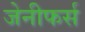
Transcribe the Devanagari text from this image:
जेनीफर्स